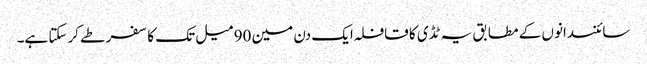
سائنسدانوں کے مطابق یہ ٹڈی کا قافلہ ایک دن مین 90 میل تک کا سفر طے کرسکتا ہے۔